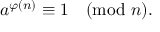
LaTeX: a ^ { \varphi ( n ) } \equiv 1 { \pmod { n } } .